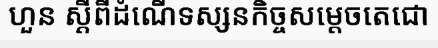
ហួន ស្តីពីដំណើទស្សនកិច្ចសម្តេចតេជោ